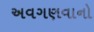
અવગણવાનો